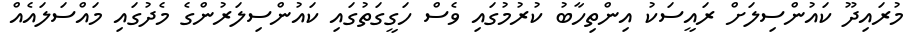
މުރައިދޫ ކައުންސިލަށް ރައީސަކު އިންތިހާބު ކުރުމުގައި ވެސް ހަގީގަތުގައި ކައުންސިލަރުންގެ މެދުގައި މައްސަލައެއް